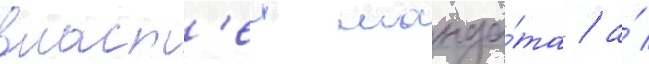
власт'еи манда́та / а́